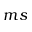
m s